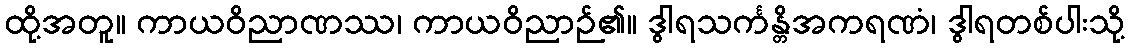
ထို့အတူ။ ကာယဝိညာဏဿ၊ ကာယဝိညာဉ်၏။ ဒွါရသင်္ကန္တိအကရဏံ၊ ဒွါရတစ်ပါးသို့